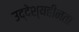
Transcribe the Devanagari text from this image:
उद्देश्यहीनता